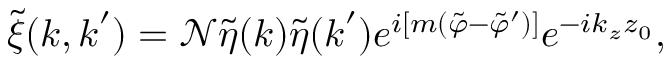
\tilde { \xi } ( \boldsymbol { k } , \boldsymbol { k } ^ { \prime } ) = \mathcal { N } \tilde { \eta } ( \boldsymbol { k } ) \tilde { \eta } ( \boldsymbol { k } ^ { \prime } ) e ^ { i [ m ( \tilde { \varphi } - \tilde { \varphi } ^ { \prime } ) ] } e ^ { - i k _ { z } z _ { 0 } } ,